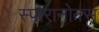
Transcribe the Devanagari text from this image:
स्पोरानोक्स